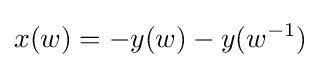
x(w)=-y(w)-y(w^{-1})